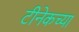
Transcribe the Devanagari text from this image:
टीनेकच्या